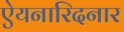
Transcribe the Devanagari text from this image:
ऐयनारिदनार